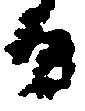
日